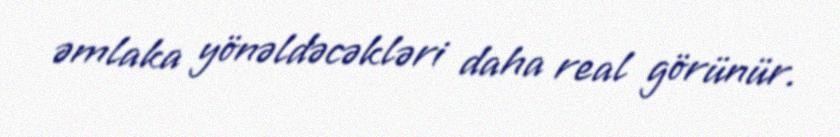
əmlaka yönəldəcəkləri daha real görünür.